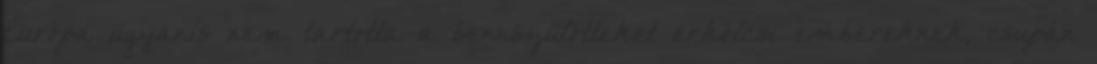
Európa ugyanis nem tartotta a bennszülötteket erkölcsi embereknek, csupán